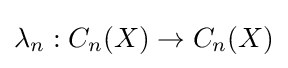
\lambda _{n}:C_{n}(X)\rightarrow C_{n}(X)